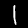
Digit: 1